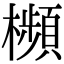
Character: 㰋